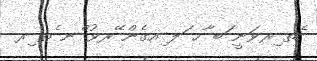
ެތ ިރވަނީ ަބ ާހ ަލ ިއގެން ޭރވު ްނ ެތ ިރ